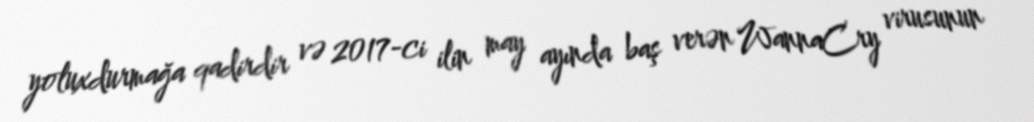
yoluxdurmağa qadirdir və 2017-ci ilin may ayında baş verən WannaCry virusunun